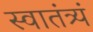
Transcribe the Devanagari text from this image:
स्वातंत्र्यं